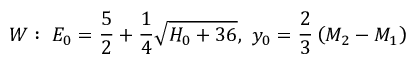
W : ~ E _ { 0 } = { \frac { 5 } { 2 } } + { \frac { 1 } { 4 } } \sqrt { H _ { 0 } + 3 6 } , ~ y _ { 0 } = { \frac { 2 } { 3 } } \left( M _ { 2 } - M _ { 1 } \right)